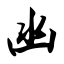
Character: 凼